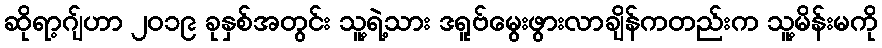
ဆိုရာ့ဂျ်ဟာ ၂၀၁၉ ခုနှစ်အတွင်း သူ့ရဲ့သား ဒရူဗ်မွေးဖွားလာချိန်ကတည်းက သူ့မိန်းမကို